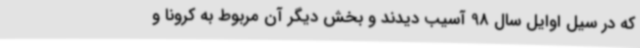
که در سیل اوایل سال 98 آسیب دیدند و بخش دیگر آن مربوط به کرونا و